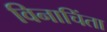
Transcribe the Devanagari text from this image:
विनाचिंता